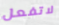
لاتفعل